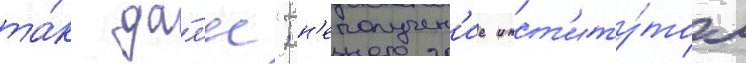
та́к да́л'ее"; н'еполучен'ие инст'иту́том